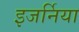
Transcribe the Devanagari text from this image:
इजर्निया